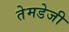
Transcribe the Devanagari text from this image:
तेमडेजी